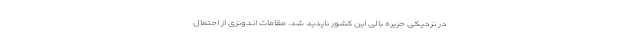
در نزدیکی جزیره بالی این کشور ناپدید شد. مقامات اندونزی از احتمال